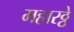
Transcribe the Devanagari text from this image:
महारठ्ठे